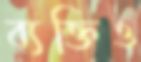
ব্যক্তিও